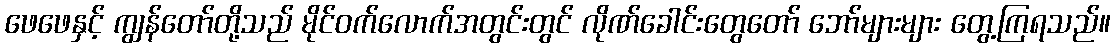
ဖေဖေနှင့် ကျွန်တော်တို့သည် မိုင်ဝက်လောက်အတွင်းတွင် လိုဏ်ခေါင်းတွေတော် ဘော်များများ တွေ့ကြရသည်။